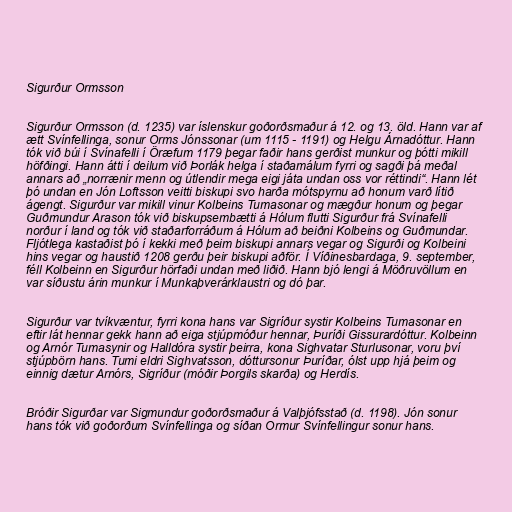
Sigurður Ormsson

Sigurður Ormsson (d. 1235) var íslenskur goðorðsmaður á 12. og 13. öld. Hann var af
ætt Svínfellinga, sonur Orms Jónssonar (um 1115 - 1191) og Helgu Árnadóttur. Hann
tók við búi í Svínafelli í Öræfum 1179 þegar faðir hans gerðist munkur og þótti mikill
höfðingi. Hann átti í deilum við Þorlák helga í staðamálum fyrri og sagði þá meðal
annars að „norrænir menn og útlendir mega eigi játa undan oss vor réttindi“. Hann lét
þó undan en Jón Loftsson veitti biskupi svo harða mótspyrnu að honum varð lítið
ágengt. Sigurður var mikill vinur Kolbeins Tumasonar og mægður honum og þegar
Guðmundur Arason tók við biskupsembætti á Hólum flutti Sigurður frá Svínafelli
norður í land og tók við staðarforráðum á Hólum að beiðni Kolbeins og Guðmundar.
Fljótlega kastaðist þó í kekki með þeim biskupi annars vegar og Sigurði og Kolbeini
hins vegar og haustið 1208 gerðu þeir biskupi aðför. Í Víðinesbardaga, 9. september,
féll Kolbeinn en Sigurður hörfaði undan með liðið. Hann bjó lengi á Möðruvöllum en
var síðustu árin munkur í Munkaþverárklaustri og dó þar.

Sigurður var tvíkvæntur, fyrri kona hans var Sigríður systir Kolbeins Tumasonar en
eftir lát hennar gekk hann að eiga stjúpmóður hennar, Þuríði Gissurardóttur. Kolbeinn
og Arnór Tumasynir og Halldóra systir þeirra, kona Sighvatar Sturlusonar, voru því
stjúpbörn hans. Tumi eldri Sighvatsson, dóttursonur Þuríðar, ólst upp hjá þeim og
einnig dætur Arnórs, Sigríður (móðir Þorgils skarða) og Herdís.

Bróðir Sigurðar var Sigmundur goðorðsmaður á Valþjófsstað (d. 1198). Jón sonur
hans tók við goðorðum Svínfellinga og síðan Ormur Svínfellingur sonur hans.